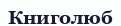
Книголюб